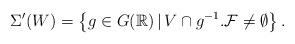
LaTeX: \begin{align*}\Sigma'(W)=\left\{ g\in G(\mathbb{R}) \mathop{|} V\cap g^{-1}.\mathcal{F}\neq \emptyset \right\}.\end{align*}